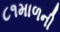
૮૧માળની